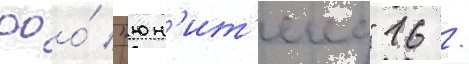
ооо́ "юн'ит'екс" 16 /